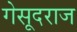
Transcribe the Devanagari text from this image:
गेसूदराज